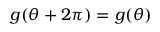
g ( \theta + 2 \pi ) = g ( \theta )